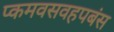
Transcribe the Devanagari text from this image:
प्कमवसवहपबंस